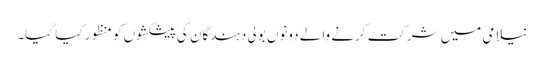
نیلامی میں شرکت کرنے والے دونوں بولی دہندگان کی پیشکشوں کو منظور کیا گیا۔